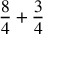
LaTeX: { \frac { 8 } { 4 } } + { \frac { 3 } { 4 } }